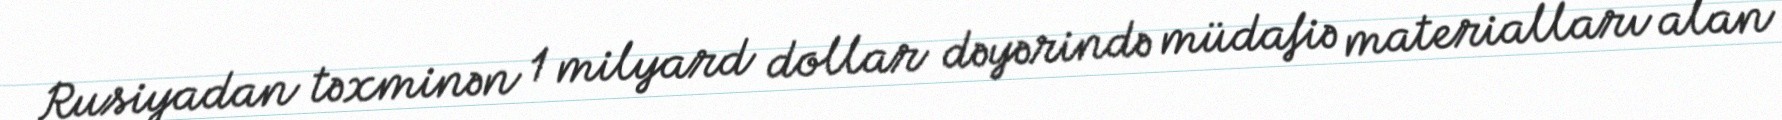
Rusiyadan təxminən 1 milyard dollar dəyərində müdafiə materialları alan